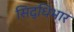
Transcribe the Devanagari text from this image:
सिद्धिभार